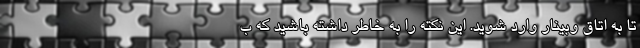
تا به اتاق وبینار وارد شوید. این نکته را به خاطر داشته باشید که ب